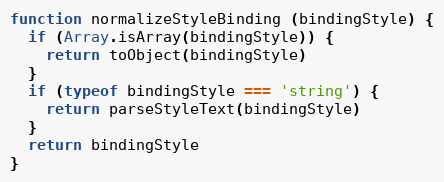
Language: JavaScript
function normalizeStyleBinding (bindingStyle) {
  if (Array.isArray(bindingStyle)) {
    return toObject(bindingStyle)
  }
  if (typeof bindingStyle === 'string') {
    return parseStyleText(bindingStyle)
  }
  return bindingStyle
}